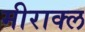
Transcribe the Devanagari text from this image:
मीराक्ल